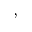
,